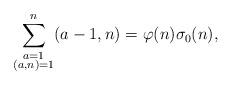
LaTeX: \begin{align*}\displaystyle\sum_{\substack{a=1 \\ (a,n)=1}}^n (a-1,n) =\varphi(n)\sigma_0(n),\end{align*}